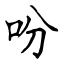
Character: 吩